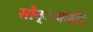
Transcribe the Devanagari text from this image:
सोन्याचांदीने